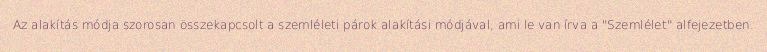
Az alakítás módja szorosan összekapcsolt a szemléleti párok alakítási módjával, ami le van írva a "Szemlélet" alfejezetben.